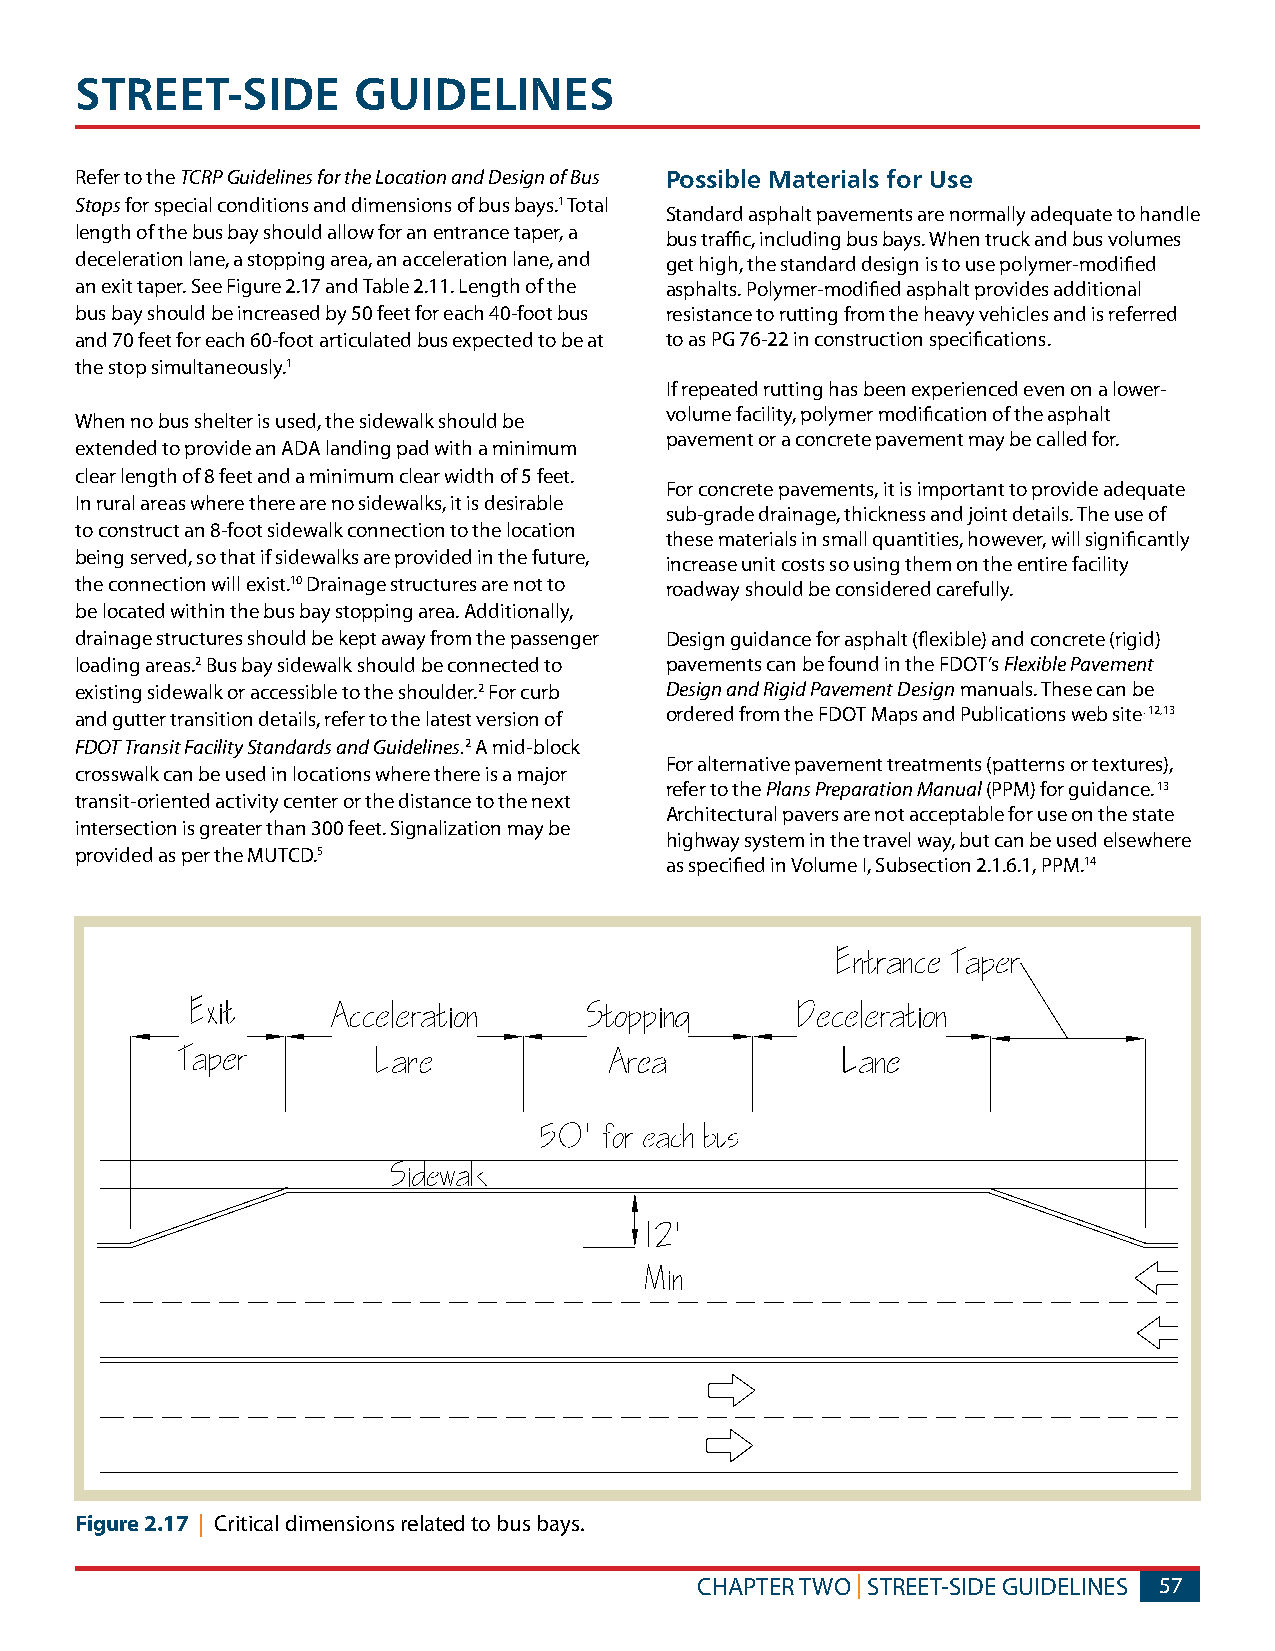
STREET-SIDE       GUIDELINES
 Refer to the TCRP Guidelines for the Location and Design of Bus Possible Materials for Use
 Stops for special conditions and dimensions of bus bays.1 Total
 Standard asphalt pavements are normally adequate to handle
 length of the bus bay should allow for an entrance taper, a
 bus traffic, including bus bays. When truck and bus volumes
 deceleration lane, a stopping area, an acceleration lane, and get high, the standard design is to use polymer-modified
 an exit taper. See Figure 2.17 and Table 2.11. Length of the asphalts. Polymer-modified asphalt provides additional
 bus bay should be increased by 50 feet for each 40-foot bus resistance to rutting from the heavy vehicles and is referred
 and 70 feet for each 60-foot articulated bus expected to be at to as PG 76-22 in construction specifications.
 the stop simultaneously.1
 If repeated rutting has been experienced even on a lower-
 volume facility, polymer modification of the asphalt
 When no bus shelter is used, the sidewalk should be
 pavement or a concrete pavement may be called for.
 extended to provide an ADA landing pad with a minimum
 clear length of 8 feet and a minimum clear width of 5 feet.
 For concrete pavements, it is important to provide adequate
 In rural areas where there are no sidewalks, it is desirable
 sub-grade drainage, thickness and joint details. The use of
 to construct an 8-foot sidewalk connection to the location
 these materials in small quantities, however, will significantly
 being served, so that if sidewalks are provided in the future,
 increase unit costs so using them on the entire facility
 the connection will exist.10 Drainage structures are not to roadway should be considered carefully.
 be located within the bus bay stopping area. Additionally,
 drainage structures should be kept away from the passenger Design guidance for asphalt (flexible) and concrete (rigid)
 loading areas.2 Bus bay sidewalk should be connected to pavements can be found in the FDOT’s Flexible Pavement
 existing sidewalk or accessible to the shoulder.2 For curb Design and Rigid Pavement Design manuals. These can be
 and gutter transition details, refer to the latest version of ordered from the FDOT Maps and Publications web site. 12,13
 FDOT Transit Facility Standards and Guidelines.2 A mid-block
 For alternative pavement treatments (patterns or textures),
 crosswalk can be used in locations where there is a major
 refer to the Plans Preparation Manual (PPM) for guidance. 13
 transit-oriented activity center or the distance to the next
 Architectural pavers are not acceptable for use on the state
 intersection is greater than 300 feet. Signalization may be
 highway system in the travel way, but can be used elsewhere
 provided as per the MUTCD.5
 as specified in Volume I, Subsection 2.1.6.1, PPM.14
 Figure 2.17 | Critical dimensions related to bus bays.
 CHAPTER TWO | STREET-SIDE GUIDELINES 57